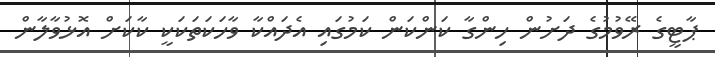
ޕާޓީގެ ރޭވުމުގެ ދަށުން ހިންގާ ކަންކަން ކަމުގައި އެދައްކާ ވާހަކަތަކަކީ ކާކަށް އޮޅުވާލާން